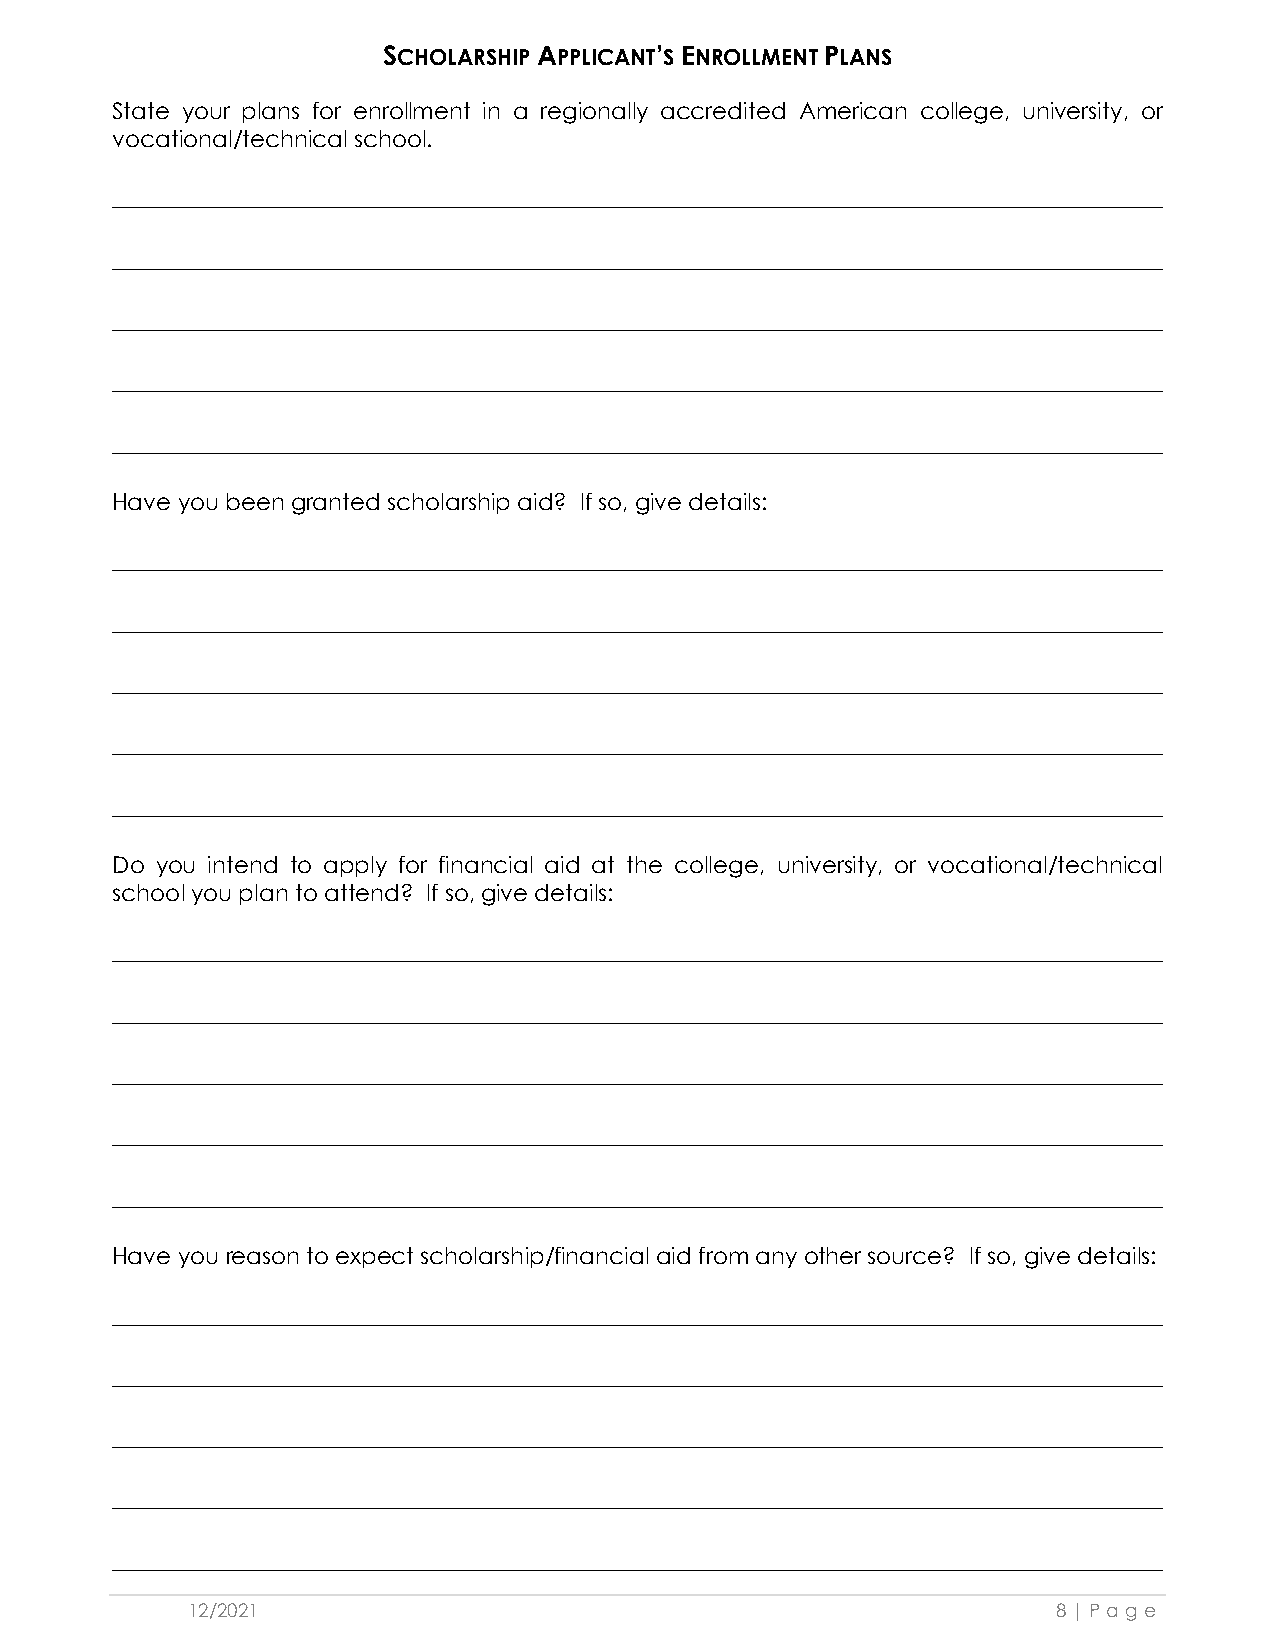
SCHOLARSHIP APPLICANT’S ENROLLMENT PLANS
 State your plans for enrollment in a regionally accredited American college, university, or
 vocational/technical school.
 ____________________________________________________________________________________
 ____________________________________________________________________________________
 ____________________________________________________________________________________
 ____________________________________________________________________________________
 ____________________________________________________________________________________
 Have you been granted scholarship aid? If so, give details:
 ____________________________________________________________________________________
 ____________________________________________________________________________________
 ____________________________________________________________________________________
 ____________________________________________________________________________________
 ____________________________________________________________________________________
 Do you intend to apply for financial aid at the college, university, or vocational/technical
 school you plan to attend? If so, give details:
 ____________________________________________________________________________________
 ____________________________________________________________________________________
 ____________________________________________________________________________________
 ____________________________________________________________________________________
 ____________________________________________________________________________________
 Have you reason to expect scholarship/financial aid from any other source? If so, give details:
 ____________________________________________________________________________________
 ____________________________________________________________________________________
 ____________________________________________________________________________________
 ____________________________________________________________________________________
 ____________________________________________________________________________________
 12/2021                                                   8 | Pag e